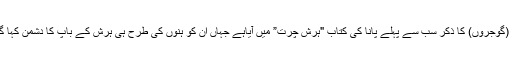
اور ان (گوجروں) کا ذکر سب سے پہلے پانا کی کتاب "ہرش چرت” میں آیاہے جہاں ان کو ہنوں کی طرح ہی ہرش کے باپ کا دشمن کہا گیا ہے۔